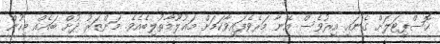
ހޮސްޕިޓަލަށް ގެނައި އިރުވެސް އޭނާ މަރެވެފައިވާކަމަށް މަޢުލޫމާތުލިބެއެވެ. މަންޒަރު ދުށް ބައެއް މިހުން